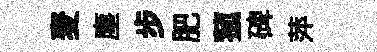
麦塵步肥菰碑萍